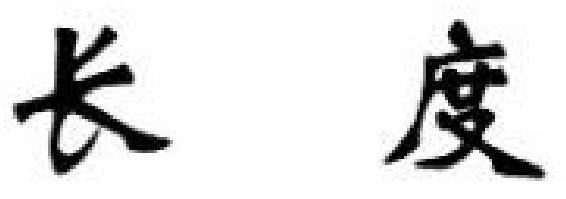
长度